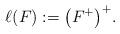
LaTeX: \begin{align*}\ell(F):=\bigl(F^+\bigr)^+.\end{align*}